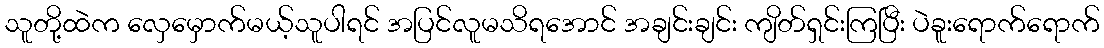
သူတို့ထဲက လှေမှောက်မယ့်သူပါရင် အပြင်လူမသိရအောင် အချင်းချင်း ကျိတ်ရှင်းကြပြီး ပဲခူးရောက်ရောက်